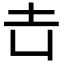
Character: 𡉆